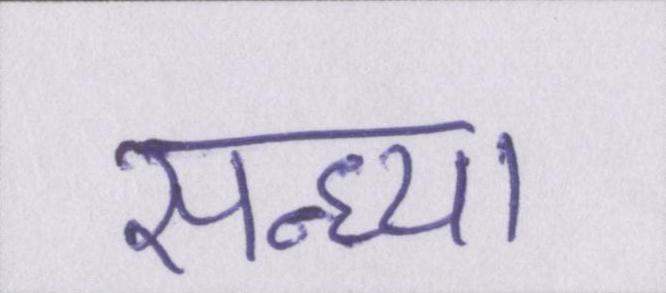
सन्ध्या